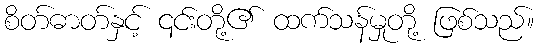
စိတ်ဓာတ်နှင့် ၎င်းတို့၏ ထက်သန်မှုတို့ ဖြစ်သည်။